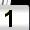
Digit: 1